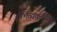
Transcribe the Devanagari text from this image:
अभिव्यक्तींत